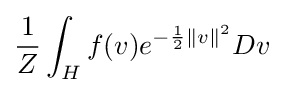
{\frac {1}{Z}}\int _{H}f(v)e^{-{\frac {1}{2}}\Vert v\Vert ^{2}}Dv